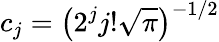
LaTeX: c_{j}=\big(2^{j}j!\sqrt{\pi}\big)^{-1/2}